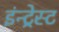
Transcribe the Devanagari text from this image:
इंन्ट्रेस्ट